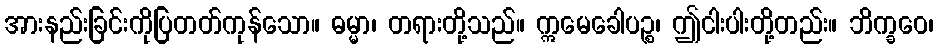
အားနည်းခြင်းကိုပြတတ်ကုန်သော။ ဓမ္မာ၊ တရားတို့သည်။ ဣမေခေါပဉ္စ၊ ဤငါးပါးတို့တည်း။ ဘိက္ခဝေ၊